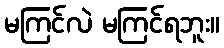
မကြင်လဲ မကြင်ရဘူး။